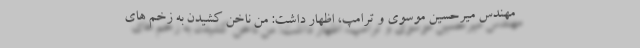
مهندس میرحسین موسوی و ترامپ، اظهار داشت: من ناخن کشیدن به زخم های